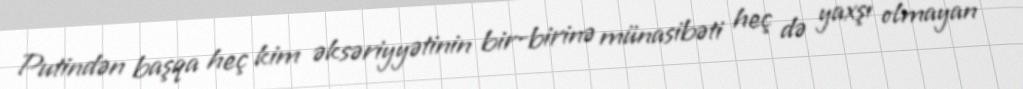
Putindən başqa heç kim əksəriyyətinin bir-birinə münasibəti heç də yaxşı olmayan